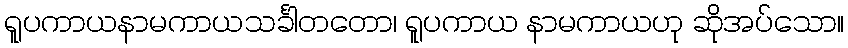
ရူပကာယနာမကာယသင်္ခါတတော၊ ရူပကာယ နာမကာယဟု ဆိုအပ်သော။